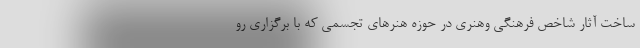
ساخت آثار شاخص فرهنگی وهنری در حوزه هنرهای تجسمی که با برگزاری رو